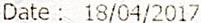
DATE: 18/04/2017